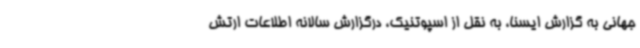
جهانی به گزارش ایسنا، به نقل از اسپوتنیک، درگزارش سالانه اطلاعات ارتش